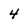
Character: 4